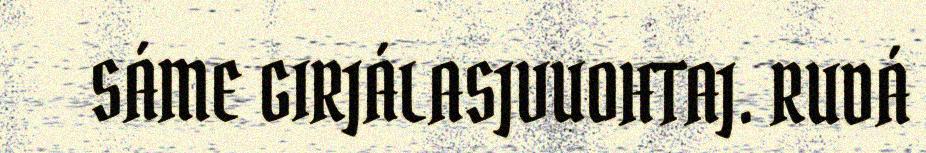
SÁME GIRJÁLASJVUOHTAJ. RUDÁ